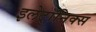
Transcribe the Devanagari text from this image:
इलेट्रॉनिक्स